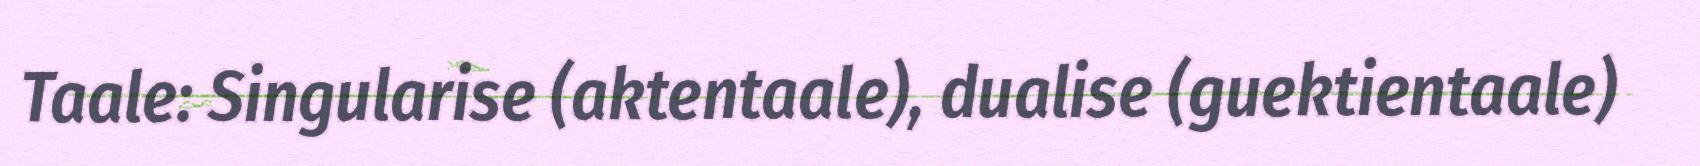
Taale: Singularise (aktentaale), dualise (guektientaale)